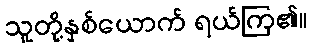
သူတို့နှစ်ယောက် ရယ်ကြ၏။